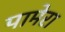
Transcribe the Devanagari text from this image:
पामेरा